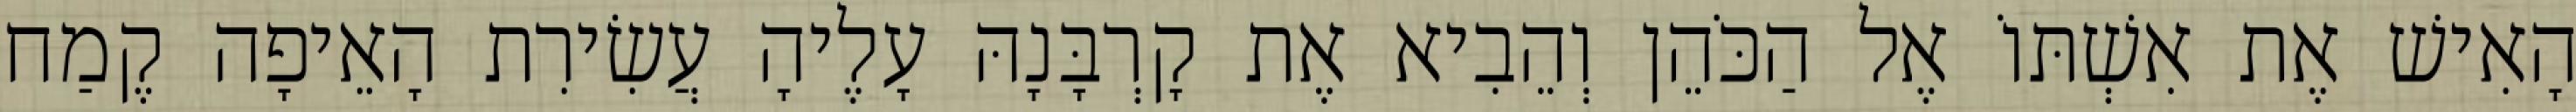
הָאִישׁ אֶת אִשְׁתּוֹ אֶל הַכֹּהֵן וְהֵבִיא אֶת קָרְבָּנָהּ עָלֶיהָ עֲשִׂירִת הָאֵיפָה קֶמַח